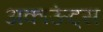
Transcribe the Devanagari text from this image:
अकाऊंट्‌स